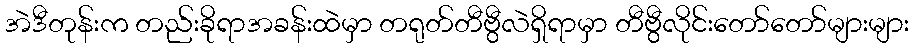
အဲဒီတုန်းက တည်းခိုရာအခန်းထဲမှာ တရုတ်တီဗွီလဲရှိရာမှာ တီဗွီလိုင်းတော်တော်များများ